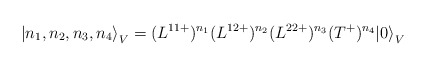
\begin{align*}{\left|n_1,n_2,n_3,n_4 \right \rangle}_V =(L^{11 +})^{n_1}(L^{12+})^{n_2}(L^{22+})^{n_3} (T^+)^{n_4}{|0 \rangle}_V\end{align*}